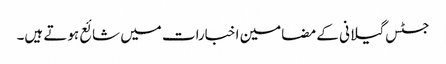
جسٹس گیلانی کے مضامین اخبارات میں شائع ہوتے ہیں۔